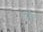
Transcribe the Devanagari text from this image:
हर्नेट